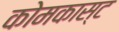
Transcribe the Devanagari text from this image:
कोमकास्ट